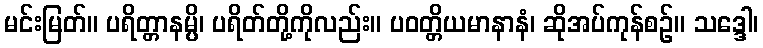
မင်းမြတ်။ ပရိတ္တာနမ္ပိ၊ ပရိတ်တို့ကိုလည်း။ ပဝတ္တိယမာနာနံ၊ ဆိုအပ်ကုန်စဉ်။ သဒ္ဒေါ၊